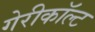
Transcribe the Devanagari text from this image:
गेरीकॉल्ट